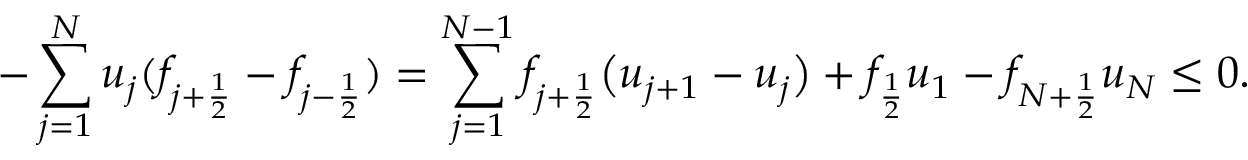
- \sum _ { j = 1 } ^ { N } u _ { j } ( f _ { j + \frac { 1 } { 2 } } - f _ { j - \frac { 1 } { 2 } } ) = \sum _ { j = 1 } ^ { N - 1 } f _ { j + \frac { 1 } { 2 } } \big ( u _ { j + 1 } - u _ { j } \big ) + f _ { \frac { 1 } { 2 } } u _ { 1 } - f _ { N + \frac { 1 } { 2 } } u _ { N } \le 0 .